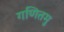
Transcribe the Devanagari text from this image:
गणितमु